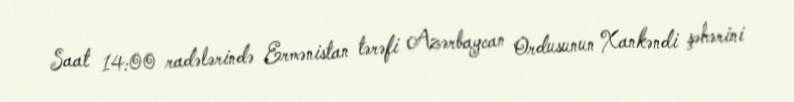
Saat 14:00 radələrində Ermənistan tərəfi Azərbaycan Ordusunun Xankəndi şəhərini